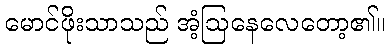
မောင်ဖိုးသာသည် အံ့ဩနေလေတော့၏။